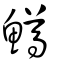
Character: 鱒